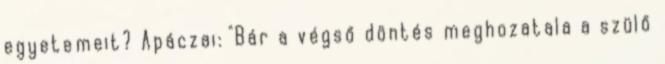
egyetemeit? Apáczai: "Bár a végső döntés meghozatala a szülő